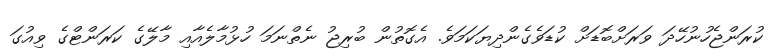
ކުރަންޖެހުނުހޭދަ ވަރަށްބޮޑަށް ކުޑަވެގެންދިޔަކަމަވެ. އެގޮތުން ބުރިޖު ނެތްނަމަ ހުޅުމާލެއާއި މާލޭގެ ކަރަންޓްގެ ވިއުގަ